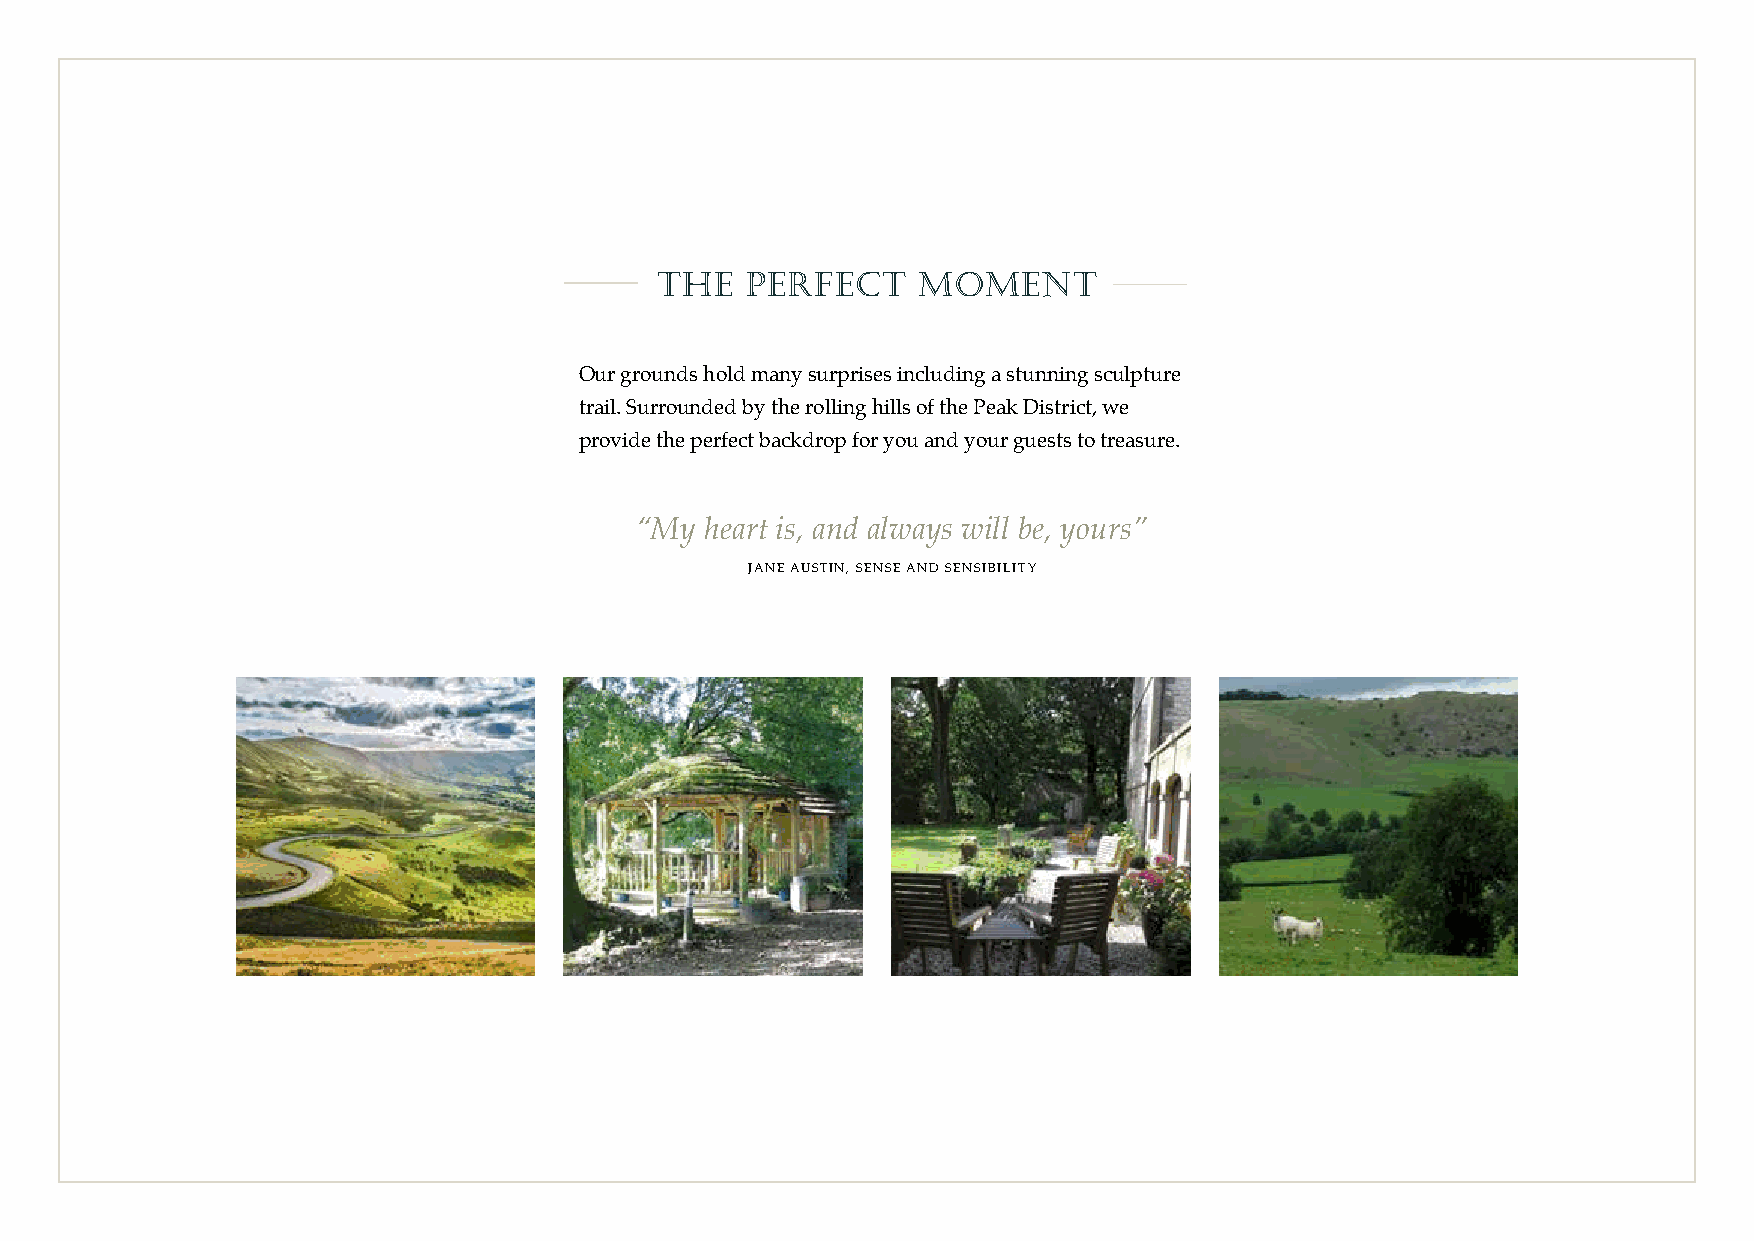
THE   PERFECT     MOMENT
 Our grounds hold many surprises including a stunning sculpture
 trail. Surrounded by the rolling hills of the Peak District, we
 provide the perfect backdrop for you and your guests to treasure.
 “My  heart is, and always will be, yours”
 JANE AUSTIN, SENSE AND SENSIBILITY